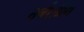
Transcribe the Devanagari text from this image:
नर्बरर्ग्रिंग